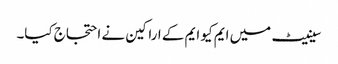
سینیٹ میں ایم کیو ایم کے اراکین نے احتجاج کیا۔